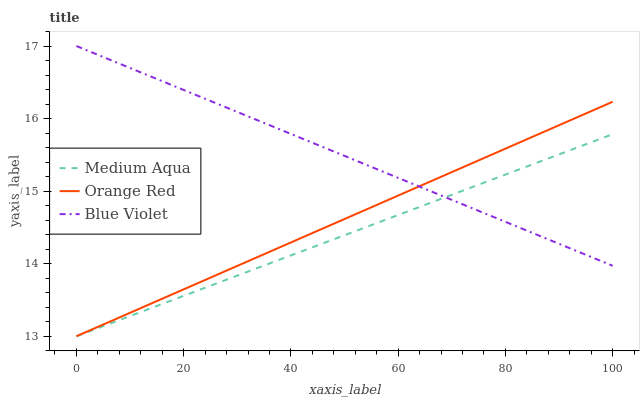
| xaxis_label | Medium Aqua | Orange Red | Blue Violet |
 | --- | --- | --- | --- |
 | 0 | 13 | 13 | 17 |
 | 7.14 | 13.2 | 13.2 | 16.8 |
 | 14.3 | 13.4 | 13.5 | 16.6 |
 | 21.4 | 13.6 | 13.7 | 16.4 |
 | 28.6 | 13.8 | 13.9 | 16.1 |
 | 35.7 | 14 | 14.2 | 15.9 |
 | 42.9 | 14.2 | 14.4 | 15.7 |
 | 50 | 14.4 | 14.6 | 15.5 |
 | 57.1 | 14.6 | 14.8 | 15.3 |
 | 64.3 | 14.8 | 15.1 | 15.1 |
 | 71.4 | 15 | 15.3 | 14.8 |
 | 78.6 | 15.2 | 15.5 | 14.6 |
 | 85.7 | 15.4 | 15.8 | 14.4 |
 | 92.9 | 15.6 | 16 | 14.2 |
 | 100 | 15.8 | 16.2 | 14 |